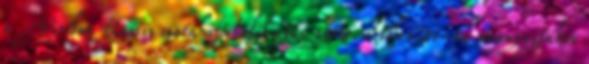
a Viribus Unitis csatahajó fedélzetén 1918. október 31-én napnyugtakor